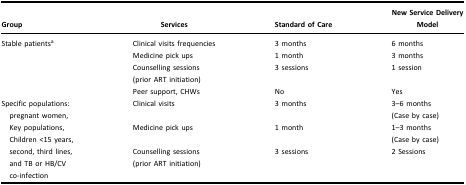
<table><thead><tr><td><b>Group</b></td><td><b>Services</b></td><td><b>Standard of Care</b></td><td><b>New Service Delivery Model</b></td></tr></thead><tbody><tr><td rowspan="4">Stable patients<sup>a</sup></td><td>Clinical visits frequencies</td><td>3 months</td><td>6 months</td></tr><tr><td>Medicine pick ups</td><td>1 month</td><td>3 months</td></tr><tr><td>Counselling sessions(prior ART initiation)</td><td>3 sessions</td><td>1 session</td></tr><tr><td>Peer support, CHWs</td><td>No</td><td>Yes</td></tr><tr><td rowspan="3">Specific populations: pregnant women, Key populations, Children &lt;15 years, second, third lines, and TB or HB/CV co-infection</td><td>Clinical visits</td><td>3 months</td><td>3–6 months(Case by case)</td></tr><tr><td>Medicine pick ups</td><td>1 month</td><td>1–3 months(Case by case)</td></tr><tr><td>Counselling sessions(prior ART initiation)</td><td>3 sessions</td><td>2 Sessions</td></tr></tbody></table>